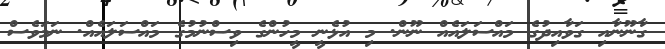
ގާނޫނާއި ގަވާއިދުގެ މައްސަލައެއް ނޫން. މި އުޅެނީ މީހުންގެ ވިސްނުމުގެ މައްސަލައެއް. ނަމަވެސް